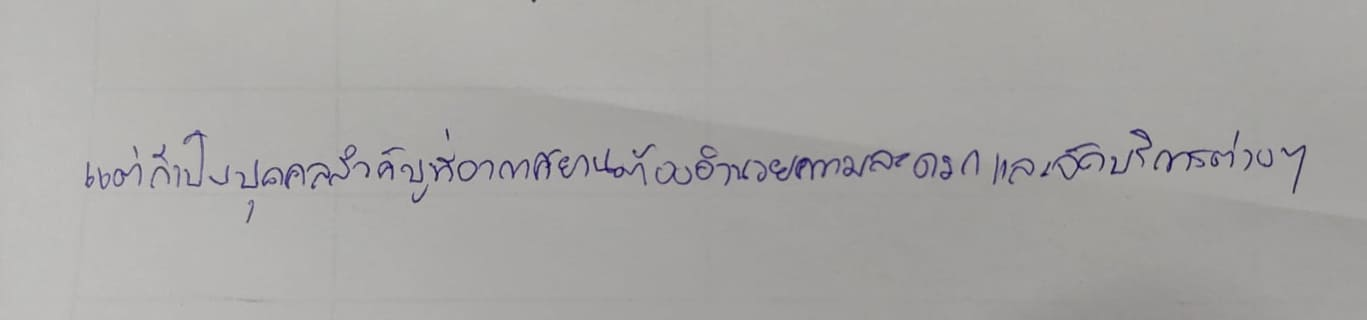
แต่ก็เป็นบุคคลสำคัญที่ท่าอากาศยานต้องอำนวยความสะดวกและจัดบริการต่างๆ